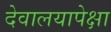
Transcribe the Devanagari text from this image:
देवालयापेक्षा